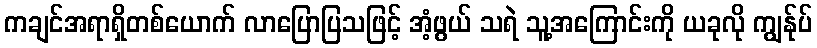
ကချင်အရာရှိတစ်ယောက် လာပြောပြသဖြင့် အံ့ဖွယ် သရဲ သူ့အကြောင်းကို ယခုလို ကျွန်ုပ်